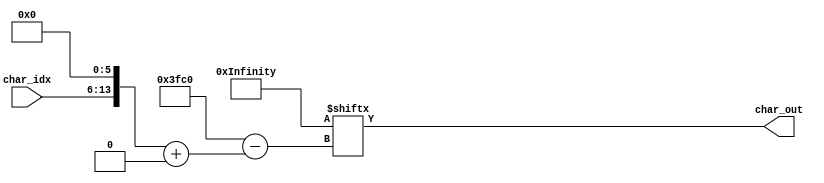
/******************************************************************************
Two-color FUNSCII font bitmap.

FUNSCII font (released under CC0 license):
	https://github.com/Wuerfel21/funscii/blob/master/LICENSE-font.txt

The original memory source (font.bin) found here:
	https://forums.parallax.com/discussion/167894/a-rom-font-compatible-8x8-font
******************************************************************************/

// FUNSCII Font ROM module
//
// Input:
//
//      [7:0] char_idx : A character index, ranging 0-255.
//
// Output:
//
//      [0:63] char_out : The 8x8 bitmap output of the character
//      at that index. First 8 bits [0:7] are the first row of the 8x8 character,
//      next 8 bits [8:15] are the next row, etc.
//
module funscii_font(
    input [7:0] char_idx, // up to 256 accessible characters
    output wire [0:63] char_out // 64 pixels out (8x8 bitmap)
);

    reg [0:16383] font_mem = {
        8'hFF, 8'h80, 8'hB0, 8'hA0, 8'hA0, 8'hB0, 8'h80, 8'h80, 8'hFF, 8'h80, 8'h80, 8'h80,
        8'h80, 8'h80, 8'h80, 8'hFF, 8'h00, 8'h10, 8'h30, 8'h7F, 8'h7F, 8'h30, 8'h10, 8'h00,
        8'h00, 8'h08, 8'h0C, 8'hFE, 8'hFE, 8'h0C, 8'h08, 8'h00, 8'h18, 8'h3C, 8'h7E, 8'h18,
        8'h18, 8'h18, 8'h18, 8'h18, 8'h18, 8'h18, 8'h18, 8'h18, 8'h18, 8'h7E, 8'h3C, 8'h18,
        8'h03, 8'h0F, 8'h3F, 8'hFF, 8'h3F, 8'h0F, 8'h03, 8'h00, 8'hC0, 8'hF0, 8'hFC, 8'hFF,
        8'hFC, 8'hF0, 8'hC0, 8'h00, 8'hFF, 8'h00, 8'h06, 8'h02, 8'h02, 8'h06, 8'h00, 8'h00,
        8'hFF, 8'h01, 8'h01, 8'h01, 8'h01, 8'h01, 8'h01, 8'hFF, 8'h80, 8'h80, 8'h80, 8'h80,
        8'h00, 8'h00, 8'h00, 8'h00, 8'h80, 8'h80, 8'h80, 8'h80, 8'h01, 8'h01, 8'h01, 8'h01,
        8'hFF, 8'h00, 8'h00, 8'hFF, 8'hFF, 8'h00, 8'h00, 8'h00, 8'hFF, 8'h00, 8'h00, 8'h00,
        8'h00, 8'h00, 8'h00, 8'hFF, 8'h3C, 8'h7E, 8'h7E, 8'h7E, 8'h7E, 8'h7E, 8'h3C, 8'h00,
        8'h00, 8'h00, 8'h18, 8'h3C, 8'h3C, 8'h18, 8'h00, 8'h00, 8'h10, 8'h38, 8'h6C, 8'hC6,
        8'hC6, 8'hC6, 8'hFE, 8'h00, 8'h00, 8'h00, 8'hFE, 8'h6C, 8'h6C, 8'h6C, 8'h6C, 8'h00,
        8'hFE, 8'h60, 8'h30, 8'h18, 8'h30, 8'h60, 8'hFE, 8'h00, 8'h7C, 8'hC6, 8'hC6, 8'hC6,
        8'hC6, 8'h6C, 8'hEE, 8'h00, 8'h00, 8'h76, 8'hDC, 8'h00, 8'h76, 8'hDC, 8'h00, 8'h00,
        8'h01, 8'h03, 8'h06, 8'h8C, 8'hD8, 8'h70, 8'h20, 8'h00, 8'h06, 8'h0E, 8'h76, 8'h06,
        8'h06, 8'h00, 8'h00, 8'h00, 8'h02, 8'h04, 8'h08, 8'h10, 8'h30, 8'h50, 8'h90, 8'h10,
        8'h10, 8'h10, 8'h10, 8'hFE, 8'h82, 8'h44, 8'h28, 8'h10, 8'h09, 8'h09, 8'h09, 8'hF9,
        8'h09, 8'h09, 8'h09, 8'h00, 8'h09, 8'h09, 8'h69, 8'h99, 8'h69, 8'h09, 8'h09, 8'h00,
        8'h10, 8'hF0, 8'h00, 8'h00, 8'h00, 8'hF0, 8'h10, 8'h10, 8'h01, 8'h01, 8'h01, 8'hFF,
        8'h01, 8'h01, 8'h01, 8'h00, 8'h01, 8'h31, 8'h19, 8'h01, 8'h31, 8'h19, 8'h01, 8'h00,
        8'h10, 8'h20, 8'h40, 8'h80, 8'h90, 8'h50, 8'h30, 8'hF0, 8'h90, 8'hA0, 8'hC0, 8'hF0,
        8'h80, 8'h40, 8'h20, 8'h10, 8'h00, 8'h00, 8'h00, 8'h00, 8'h00, 8'h00, 8'h00, 8'h00,
        8'h18, 8'h18, 8'h18, 8'h18, 8'h18, 8'h00, 8'h18, 8'h00, 8'h66, 8'h66, 8'h66, 8'h00,
        8'h00, 8'h00, 8'h00, 8'h00, 8'h6C, 8'h6C, 8'hFE, 8'h6C, 8'hFE, 8'h6C, 8'h6C, 8'h00,
        8'h18, 8'h3E, 8'h60, 8'h3C, 8'h06, 8'h7C, 8'h18, 8'h00, 8'h00, 8'hC6, 8'hCC, 8'h18,
        8'h30, 8'h66, 8'hC6, 8'h00, 8'h38, 8'h6C, 8'h38, 8'h76, 8'hDC, 8'hCC, 8'h76, 8'h00,
        8'h18, 8'h18, 8'h30, 8'h00, 8'h00, 8'h00, 8'h00, 8'h00, 8'h0C, 8'h18, 8'h30, 8'h30,
        8'h30, 8'h18, 8'h0C, 8'h00, 8'h30, 8'h18, 8'h0C, 8'h0C, 8'h0C, 8'h18, 8'h30, 8'h00,
        8'h00, 8'h66, 8'h3C, 8'hFF, 8'h3C, 8'h66, 8'h00, 8'h00, 8'h00, 8'h18, 8'h18, 8'h7E,
        8'h18, 8'h18, 8'h00, 8'h00, 8'h00, 8'h00, 8'h00, 8'h00, 8'h00, 8'h18, 8'h18, 8'h30,
        8'h00, 8'h00, 8'h00, 8'h7E, 8'h00, 8'h00, 8'h00, 8'h00, 8'h00, 8'h00, 8'h00, 8'h00,
        8'h00, 8'h18, 8'h18, 8'h00, 8'h03, 8'h06, 8'h0C, 8'h18, 8'h30, 8'h60, 8'hC0, 8'h00,
        8'h3C, 8'h66, 8'h6E, 8'h76, 8'h66, 8'h66, 8'h3C, 8'h00, 8'h18, 8'h38, 8'h18, 8'h18,
        8'h18, 8'h18, 8'h7E, 8'h00, 8'h3C, 8'h66, 8'h0C, 8'h18, 8'h30, 8'h60, 8'h7E, 8'h00,
        8'h3C, 8'h66, 8'h06, 8'h1C, 8'h06, 8'h66, 8'h3C, 8'h00, 8'h1C, 8'h3C, 8'h6C, 8'hCC,
        8'hFE, 8'h0C, 8'h0C, 8'h00, 8'h7E, 8'h60, 8'h7C, 8'h06, 8'h06, 8'h66, 8'h3C, 8'h00,
        8'h1C, 8'h30, 8'h60, 8'h7C, 8'h66, 8'h66, 8'h3C, 8'h00, 8'h7E, 8'h06, 8'h06, 8'h0C,
        8'h18, 8'h18, 8'h18, 8'h00, 8'h3C, 8'h66, 8'h66, 8'h3C, 8'h66, 8'h66, 8'h3C, 8'h00,
        8'h3C, 8'h66, 8'h66, 8'h3E, 8'h06, 8'h0C, 8'h38, 8'h00, 8'h00, 8'h18, 8'h18, 8'h00,
        8'h00, 8'h18, 8'h18, 8'h00, 8'h00, 8'h18, 8'h18, 8'h00, 8'h00, 8'h18, 8'h18, 8'h30,
        8'h0C, 8'h18, 8'h30, 8'h60, 8'h30, 8'h18, 8'h0C, 8'h00, 8'h00, 8'h00, 8'h7E, 8'h00,
        8'h7E, 8'h00, 8'h00, 8'h00, 8'h60, 8'h30, 8'h18, 8'h0C, 8'h18, 8'h30, 8'h60, 8'h00,
        8'h3C, 8'h66, 8'h06, 8'h0C, 8'h18, 8'h00, 8'h18, 8'h00, 8'h7C, 8'hC6, 8'hDE, 8'hDE,
        8'hDE, 8'hC0, 8'h7C, 8'h00, 8'h18, 8'h3C, 8'h66, 8'h66, 8'h7E, 8'h66, 8'h66, 8'h00,
        8'h7C, 8'h66, 8'h66, 8'h7C, 8'h66, 8'h66, 8'h7C, 8'h00, 8'h3C, 8'h66, 8'h60, 8'h60,
        8'h60, 8'h66, 8'h3C, 8'h00, 8'h78, 8'h6C, 8'h66, 8'h66, 8'h66, 8'h6C, 8'h78, 8'h00,
        8'h7E, 8'h60, 8'h60, 8'h7C, 8'h60, 8'h60, 8'h7E, 8'h00, 8'h7E, 8'h60, 8'h60, 8'h7C,
        8'h60, 8'h60, 8'h60, 8'h00, 8'h3C, 8'h66, 8'h60, 8'h6E, 8'h66, 8'h66, 8'h3E, 8'h00,
        8'h66, 8'h66, 8'h66, 8'h7E, 8'h66, 8'h66, 8'h66, 8'h00, 8'h7E, 8'h18, 8'h18, 8'h18,
        8'h18, 8'h18, 8'h7E, 8'h00, 8'h06, 8'h06, 8'h06, 8'h06, 8'h06, 8'h66, 8'h3C, 8'h00,
        8'hC6, 8'hCC, 8'hD8, 8'hF0, 8'hD8, 8'hCC, 8'hC6, 8'h00, 8'h60, 8'h60, 8'h60, 8'h60,
        8'h60, 8'h60, 8'h7E, 8'h00, 8'hC6, 8'hEE, 8'hFE, 8'hD6, 8'hC6, 8'hC6, 8'hC6, 8'h00,
        8'hC6, 8'hE6, 8'hF6, 8'hDE, 8'hCE, 8'hC6, 8'hC6, 8'h00, 8'h3C, 8'h66, 8'h66, 8'h66,
        8'h66, 8'h66, 8'h3C, 8'h00, 8'h7C, 8'h66, 8'h66, 8'h7C, 8'h60, 8'h60, 8'h60, 8'h00,
        8'h3C, 8'h66, 8'h66, 8'h66, 8'h66, 8'h6C, 8'h36, 8'h00, 8'h7C, 8'h66, 8'h66, 8'h7C,
        8'h6C, 8'h66, 8'h66, 8'h00, 8'h3C, 8'h66, 8'h60, 8'h3C, 8'h06, 8'h66, 8'h3C, 8'h00,
        8'h7E, 8'h18, 8'h18, 8'h18, 8'h18, 8'h18, 8'h18, 8'h00, 8'h66, 8'h66, 8'h66, 8'h66,
        8'h66, 8'h66, 8'h3C, 8'h00, 8'h66, 8'h66, 8'h66, 8'h66, 8'h66, 8'h3C, 8'h18, 8'h00,
        8'hC6, 8'hC6, 8'hC6, 8'hD6, 8'hFE, 8'hEE, 8'hC6, 8'h00, 8'hC3, 8'h66, 8'h3C, 8'h18,
        8'h3C, 8'h66, 8'hC3, 8'h00, 8'hC3, 8'h66, 8'h3C, 8'h18, 8'h18, 8'h18, 8'h18, 8'h00,
        8'h7E, 8'h06, 8'h0C, 8'h18, 8'h30, 8'h60, 8'h7E, 8'h00, 8'h3C, 8'h30, 8'h30, 8'h30,
        8'h30, 8'h30, 8'h3C, 8'h00, 8'hC0, 8'h60, 8'h30, 8'h18, 8'h0C, 8'h06, 8'h03, 8'h00,
        8'h3C, 8'h0C, 8'h0C, 8'h0C, 8'h0C, 8'h0C, 8'h3C, 8'h00, 8'h10, 8'h38, 8'h6C, 8'hC6,
        8'h00, 8'h00, 8'h00, 8'h00, 8'h00, 8'h00, 8'h00, 8'h00, 8'h00, 8'h00, 8'h00, 8'hFF,
        8'h18, 8'h0C, 8'h06, 8'h00, 8'h00, 8'h00, 8'h00, 8'h00, 8'h00, 8'h00, 8'h3C, 8'h06,
        8'h3E, 8'h66, 8'h3E, 8'h00, 8'h60, 8'h60, 8'h7C, 8'h66, 8'h66, 8'h66, 8'h7C, 8'h00,
        8'h00, 8'h00, 8'h3C, 8'h60, 8'h60, 8'h60, 8'h3C, 8'h00, 8'h06, 8'h06, 8'h3E, 8'h66,
        8'h66, 8'h66, 8'h3E, 8'h00, 8'h00, 8'h00, 8'h3C, 8'h66, 8'h7E, 8'h60, 8'h3C, 8'h00,
        8'h1C, 8'h30, 8'h7C, 8'h30, 8'h30, 8'h30, 8'h30, 8'h00, 8'h00, 8'h00, 8'h3E, 8'h66,
        8'h66, 8'h3E, 8'h06, 8'h7C, 8'h60, 8'h60, 8'h7C, 8'h66, 8'h66, 8'h66, 8'h66, 8'h00,
        8'h18, 8'h00, 8'h38, 8'h18, 8'h18, 8'h18, 8'h1E, 8'h00, 8'h0C, 8'h00, 8'h0C, 8'h0C,
        8'h0C, 8'h0C, 8'h0C, 8'h78, 8'h60, 8'h60, 8'h66, 8'h6C, 8'h78, 8'h6C, 8'h66, 8'h00,
        8'h38, 8'h18, 8'h18, 8'h18, 8'h18, 8'h18, 8'h1E, 8'h00, 8'h00, 8'h00, 8'hCC, 8'hFE,
        8'hD6, 8'hD6, 8'hC6, 8'h00, 8'h00, 8'h00, 8'h7C, 8'h66, 8'h66, 8'h66, 8'h66, 8'h00,
        8'h00, 8'h00, 8'h3C, 8'h66, 8'h66, 8'h66, 8'h3C, 8'h00, 8'h00, 8'h00, 8'h7C, 8'h66,
        8'h66, 8'h7C, 8'h60, 8'h60, 8'h00, 8'h00, 8'h3E, 8'h66, 8'h66, 8'h3E, 8'h06, 8'h06,
        8'h00, 8'h00, 8'h7C, 8'h66, 8'h60, 8'h60, 8'h60, 8'h00, 8'h00, 8'h00, 8'h3E, 8'h60,
        8'h3C, 8'h06, 8'h7C, 8'h00, 8'h30, 8'h30, 8'h7E, 8'h30, 8'h30, 8'h30, 8'h1E, 8'h00,
        8'h00, 8'h00, 8'h66, 8'h66, 8'h66, 8'h66, 8'h3E, 8'h00, 8'h00, 8'h00, 8'h66, 8'h66,
        8'h66, 8'h3C, 8'h18, 8'h00, 8'h00, 8'h00, 8'hC6, 8'hC6, 8'hD6, 8'h7C, 8'h6C, 8'h00,
        8'h00, 8'h00, 8'hC6, 8'h6C, 8'h38, 8'h6C, 8'hC6, 8'h00, 8'h00, 8'h00, 8'h66, 8'h66,
        8'h66, 8'h3E, 8'h06, 8'h3C, 8'h00, 8'h00, 8'h7E, 8'h0C, 8'h18, 8'h30, 8'h7E, 8'h00,
        8'h0E, 8'h18, 8'h18, 8'h70, 8'h18, 8'h18, 8'h0E, 8'h00, 8'h18, 8'h18, 8'h18, 8'h18,
        8'h18, 8'h18, 8'h18, 8'h00, 8'h70, 8'h18, 8'h18, 8'h0E, 8'h18, 8'h18, 8'h70, 8'h00,
        8'h76, 8'hDC, 8'h00, 8'h00, 8'h00, 8'h00, 8'h00, 8'h00, 8'h81, 8'h95, 8'hA9, 8'h95,
        8'hA9, 8'h95, 8'hA9, 8'h81, 8'hC3, 8'h24, 8'h24, 8'h18, 8'h24, 8'h24, 8'hC3, 8'h00,
        8'h00, 8'h00, 8'h00, 8'h00, 8'h00, 8'h00, 8'hFF, 8'h00, 8'h07, 8'h08, 8'h08, 8'h10,
        8'h20, 8'h20, 8'hC0, 8'h00, 8'h07, 8'h08, 8'h08, 8'h10, 8'h20, 8'h20, 8'hFF, 8'h00,
        8'h00, 8'h00, 8'h00, 8'h07, 8'h08, 8'h10, 8'hE0, 8'h00, 8'hC0, 8'h20, 8'h20, 8'h10,
        8'h08, 8'h08, 8'h07, 8'h00, 8'hFF, 8'h00, 8'h00, 8'h00, 8'h00, 8'h00, 8'h00, 8'h00,
        8'hFF, 8'h20, 8'h20, 8'h10, 8'h08, 8'h08, 8'h07, 8'h00, 8'hE0, 8'h10, 8'h08, 8'h07,
        8'h00, 8'h00, 8'h00, 8'h00, 8'hC0, 8'h20, 8'h20, 8'h10, 8'h08, 8'h08, 8'hFF, 8'h00,
        8'hFF, 8'h08, 8'h08, 8'h10, 8'h20, 8'h20, 8'hC0, 8'h00, 8'hFF, 8'h00, 8'h00, 8'h00,
        8'h00, 8'h00, 8'hFF, 8'h00, 8'hE0, 8'h10, 8'h08, 8'h07, 8'h08, 8'h10, 8'hE0, 8'h00,
        8'h00, 8'h00, 8'h00, 8'hE0, 8'h10, 8'h08, 8'h07, 8'h00, 8'h07, 8'h08, 8'h10, 8'hE0,
        8'h00, 8'h00, 8'h00, 8'h00, 8'h07, 8'h08, 8'h10, 8'hE0, 8'h10, 8'h08, 8'h07, 8'h00,
        8'h00, 8'h00, 8'h00, 8'hFF, 8'h00, 8'h00, 8'h00, 8'h00, 8'h10, 8'h10, 8'h10, 8'h10,
        8'h10, 8'h10, 8'h10, 8'h10, 8'h10, 8'h10, 8'h10, 8'hFF, 8'h10, 8'h10, 8'h10, 8'h10,
        8'h10, 8'h10, 8'h38, 8'hFF, 8'h38, 8'h10, 8'h10, 8'h10, 8'h10, 8'h10, 8'h10, 8'hF0,
        8'h10, 8'h10, 8'h10, 8'h10, 8'h10, 8'h10, 8'h10, 8'h1F, 8'h10, 8'h10, 8'h10, 8'h10,
        8'h10, 8'h10, 8'h10, 8'hFF, 8'h00, 8'h00, 8'h00, 8'h00, 8'h00, 8'h00, 8'h00, 8'hFF,
        8'h10, 8'h10, 8'h10, 8'h10, 8'h10, 8'h10, 8'h38, 8'hF8, 8'h38, 8'h10, 8'h10, 8'h10,
        8'h10, 8'h10, 8'h38, 8'h3F, 8'h38, 8'h10, 8'h10, 8'h10, 8'h10, 8'h10, 8'h38, 8'hFF,
        8'h38, 8'h00, 8'h00, 8'h00, 8'h00, 8'h00, 8'h38, 8'hFF, 8'h38, 8'h10, 8'h10, 8'h10,
        8'h10, 8'h10, 8'h10, 8'hF0, 8'h00, 8'h00, 8'h00, 8'h00, 8'h10, 8'h10, 8'h10, 8'h1F,
        8'h00, 8'h00, 8'h00, 8'h00, 8'h00, 8'h00, 8'h00, 8'hF0, 8'h10, 8'h10, 8'h10, 8'h10,
        8'h00, 8'h00, 8'h00, 8'h1F, 8'h10, 8'h10, 8'h10, 8'h10, 8'h10, 8'h38, 8'h54, 8'h92,
        8'h10, 8'h10, 8'h10, 8'h10, 8'h18, 8'h00, 8'h18, 8'h18, 8'h18, 8'h18, 8'h18, 8'h00,
        8'h10, 8'h10, 8'h10, 8'h10, 8'h92, 8'h54, 8'h38, 8'h10, 8'h38, 8'h6C, 8'h60, 8'hF0,
        8'h60, 8'h66, 8'hFC, 8'h00, 8'h3E, 8'h60, 8'hFC, 8'h60, 8'hF8, 8'h60, 8'h3E, 8'h00,
        8'hC3, 8'h66, 8'h3C, 8'h18, 8'h3C, 8'h18, 8'h18, 8'h00, 8'h18, 8'h16, 8'h11, 8'hF0,
        8'h11, 8'h16, 8'h18, 8'h00, 8'h20, 8'h20, 8'hA0, 8'h7F, 8'hA0, 8'h20, 8'h20, 8'h00,
        8'h25, 8'h2A, 8'hA0, 8'h7F, 8'hA0, 8'h20, 8'h20, 8'h00, 8'h00, 8'h00, 8'hC0, 8'h3F,
        8'hC0, 8'h00, 8'h00, 8'h00, 8'h00, 8'h00, 8'h03, 8'hFC, 8'h03, 8'h00, 8'h00, 8'h00,
        8'h42, 8'h42, 8'h42, 8'hC3, 8'h42, 8'h42, 8'h42, 8'h00, 8'h00, 8'h07, 8'h00, 8'h00,
        8'h00, 8'h07, 8'h00, 8'h00, 8'h10, 8'hFF, 8'h00, 8'h00, 8'h00, 8'hFF, 8'h10, 8'h10,
        8'h00, 8'hC0, 8'h00, 8'h00, 8'h00, 8'hC0, 8'h00, 8'h00, 8'h00, 8'h80, 8'h80, 8'hFF,
        8'h80, 8'h80, 8'h00, 8'h00, 8'h3C, 8'h66, 8'h3C, 8'h00, 8'h00, 8'h00, 8'h00, 8'h00,
        8'h18, 8'h18, 8'h7E, 8'h18, 8'h18, 8'h00, 8'h7E, 8'h00, 8'h70, 8'h18, 8'h30, 8'h60,
        8'h78, 8'h00, 8'h00, 8'h00, 8'h78, 8'h0C, 8'h18, 8'h0C, 8'h78, 8'h00, 8'h00, 8'h00,
        8'h00, 8'h01, 8'h01, 8'hFF, 8'h01, 8'h01, 8'h00, 8'h00, 8'h00, 8'h00, 8'h66, 8'h66,
        8'h66, 8'h7C, 8'h60, 8'hC0, 8'h1C, 8'h22, 8'h1C, 8'h22, 8'h1C, 8'h22, 8'h1C, 8'h20,
        8'h00, 8'h00, 8'hCE, 8'h31, 8'h4A, 8'h4A, 8'h31, 8'h00, 8'h00, 8'h00, 8'h73, 8'h8C,
        8'h52, 8'h52, 8'h8C, 8'h00, 8'h30, 8'h70, 8'h30, 8'h30, 8'h30, 8'h00, 8'h00, 8'h00,
        8'h00, 8'h20, 8'h40, 8'hFF, 8'h40, 8'h20, 8'h00, 8'h00, 8'h00, 8'h04, 8'h02, 8'hFF,
        8'h02, 8'h04, 8'h00, 8'h00, 8'h0C, 8'h10, 8'h60, 8'h10, 8'h0C, 8'h10, 8'h60, 8'h10,
        8'h00, 8'h10, 8'h28, 8'hC4, 8'h02, 8'h01, 8'h00, 8'h00, 8'h00, 8'h08, 8'h14, 8'h23,
        8'h40, 8'h80, 8'h00, 8'h00, 8'h18, 8'h00, 8'h18, 8'h30, 8'h60, 8'h66, 8'h3C, 8'h00,
        8'h70, 8'h00, 8'h3C, 8'h66, 8'h7E, 8'h66, 8'h66, 8'h00, 8'h0E, 8'h00, 8'h3C, 8'h66,
        8'h7E, 8'h66, 8'h66, 8'h00, 8'h18, 8'h66, 8'h00, 8'h3C, 8'h66, 8'h7E, 8'h66, 8'h00,
        8'h76, 8'hDC, 8'h00, 8'h3C, 8'h66, 8'h7E, 8'h66, 8'h00, 8'h66, 8'h00, 8'h3C, 8'h66,
        8'h7E, 8'h66, 8'h66, 8'h00, 8'h18, 8'h18, 8'h00, 8'h3C, 8'h66, 8'h7E, 8'h66, 8'h00,
        8'h3F, 8'h6C, 8'hCC, 8'hFE, 8'hCC, 8'hCC, 8'hCF, 8'h00, 8'h3C, 8'h66, 8'h60, 8'h60,
        8'h60, 8'h66, 8'h3C, 8'h18, 8'h70, 8'h00, 8'hFE, 8'hC0, 8'hF8, 8'hC0, 8'hFE, 8'h00,
        8'h0E, 8'h00, 8'hFE, 8'hC0, 8'hF8, 8'hC0, 8'hFE, 8'h00, 8'h18, 8'h66, 8'h00, 8'hFE,
        8'hF0, 8'hC0, 8'hFE, 8'h00, 8'h66, 8'h00, 8'hFE, 8'hC0, 8'hF8, 8'hC0, 8'hFE, 8'h00,
        8'h70, 8'h00, 8'h7E, 8'h18, 8'h18, 8'h18, 8'h7E, 8'h00, 8'h0E, 8'h00, 8'h7E, 8'h18,
        8'h18, 8'h18, 8'h7E, 8'h00, 8'h18, 8'h66, 8'h00, 8'h7E, 8'h18, 8'h18, 8'h7E, 8'h00,
        8'h66, 8'h00, 8'h7E, 8'h18, 8'h18, 8'h18, 8'h7E, 8'h00, 8'h78, 8'h6C, 8'h66, 8'hF6,
        8'h66, 8'h6C, 8'h78, 8'h00, 8'h76, 8'hDC, 8'h00, 8'hC6, 8'hF6, 8'hDE, 8'hC6, 8'h00,
        8'h70, 8'h00, 8'h7C, 8'hC6, 8'hC6, 8'hC6, 8'h7C, 8'h00, 8'h0E, 8'h00, 8'h7C, 8'hC6,
        8'hC6, 8'hC6, 8'h7C, 8'h00, 8'h18, 8'h66, 8'h00, 8'h7C, 8'hC6, 8'hC6, 8'h7C, 8'h00,
        8'h76, 8'hDC, 8'h00, 8'h7C, 8'hC6, 8'hC6, 8'h7C, 8'h00, 8'h66, 8'h00, 8'h7C, 8'hC6,
        8'hC6, 8'hC6, 8'h7C, 8'h00, 8'h00, 8'hC6, 8'h6C, 8'h38, 8'h6C, 8'hC6, 8'h00, 8'h00,
        8'h3E, 8'h66, 8'h6E, 8'h7E, 8'h76, 8'h66, 8'h7C, 8'h00, 8'h70, 8'h00, 8'hC6, 8'hC6,
        8'hC6, 8'hC6, 8'h7C, 8'h00, 8'h0E, 8'h00, 8'hC6, 8'hC6, 8'hC6, 8'hC6, 8'h7C, 8'h00,
        8'h18, 8'h66, 8'h00, 8'hC6, 8'hC6, 8'hC6, 8'h7C, 8'h00, 8'h66, 8'h00, 8'hC6, 8'hC6,
        8'hC6, 8'hC6, 8'h7C, 8'h00, 8'h0E, 8'h00, 8'h66, 8'h66, 8'h3C, 8'h18, 8'h18, 8'h00,
        8'hC0, 8'hC0, 8'hFC, 8'hC6, 8'hFC, 8'hC0, 8'hC0, 8'h00, 8'h3C, 8'h66, 8'h66, 8'h6C,
        8'h66, 8'h66, 8'h6C, 8'h00, 8'h70, 8'h00, 8'h3C, 8'h06, 8'h3E, 8'h66, 8'h3E, 8'h00,
        8'h0E, 8'h00, 8'h3C, 8'h06, 8'h3E, 8'h66, 8'h3E, 8'h00, 8'h18, 8'h66, 8'h00, 8'h3E,
        8'h66, 8'hC6, 8'h7E, 8'h00, 8'h76, 8'hDC, 8'h00, 8'h3E, 8'h66, 8'hC6, 8'h7E, 8'h00,
        8'h66, 8'h00, 8'h3C, 8'h06, 8'h3E, 8'h66, 8'h3E, 8'h00, 8'h18, 8'h18, 8'h00, 8'h3E,
        8'h66, 8'hC6, 8'h7E, 8'h00, 8'h00, 8'h00, 8'h7E, 8'h1B, 8'h7F, 8'hD8, 8'h77, 8'h00,
        8'h00, 8'h00, 8'h3C, 8'h60, 8'h60, 8'h60, 8'h3C, 8'h18, 8'h70, 8'h00, 8'h3C, 8'h66,
        8'h7E, 8'h60, 8'h3C, 8'h00, 8'h0E, 8'h00, 8'h3C, 8'h66, 8'h7E, 8'h60, 8'h3C, 8'h00,
        8'h18, 8'h66, 8'h00, 8'h3C, 8'h7E, 8'h60, 8'h3C, 8'h00, 8'h66, 8'h00, 8'h3C, 8'h66,
        8'h7E, 8'h60, 8'h3C, 8'h00, 8'h70, 8'h00, 8'h38, 8'h18, 8'h18, 8'h18, 8'h3C, 8'h00,
        8'h0E, 8'h00, 8'h38, 8'h18, 8'h18, 8'h18, 8'h3C, 8'h00, 8'h18, 8'h66, 8'h00, 8'h38,
        8'h18, 8'h18, 8'h3C, 8'h00, 8'h66, 8'h00, 8'h38, 8'h18, 8'h18, 8'h18, 8'h3C, 8'h00,
        8'h0C, 8'h3E, 8'h0C, 8'h7C, 8'hCC, 8'hCC, 8'h78, 8'h00, 8'h76, 8'hDC, 8'h00, 8'h7C,
        8'h66, 8'h66, 8'h66, 8'h00, 8'h70, 8'h00, 8'h3C, 8'h66, 8'h66, 8'h66, 8'h3C, 8'h00,
        8'h0E, 8'h00, 8'h3C, 8'h66, 8'h66, 8'h66, 8'h3C, 8'h00, 8'h18, 8'h66, 8'h00, 8'h3C,
        8'h66, 8'h66, 8'h3C, 8'h00, 8'h76, 8'hDC, 8'h00, 8'h3C, 8'h66, 8'h66, 8'h3C, 8'h00,
        8'h66, 8'h00, 8'h3C, 8'h66, 8'h66, 8'h66, 8'h3C, 8'h00, 8'h18, 8'h18, 8'h00, 8'h7E,
        8'h00, 8'h18, 8'h18, 8'h00, 8'h00, 8'h02, 8'h7C, 8'hCE, 8'hD6, 8'hE6, 8'h7C, 8'h80,
        8'h70, 8'h00, 8'h66, 8'h66, 8'h66, 8'h66, 8'h3E, 8'h00, 8'h0E, 8'h00, 8'h66, 8'h66,
        8'h66, 8'h66, 8'h3E, 8'h00, 8'h18, 8'h66, 8'h00, 8'h66, 8'h66, 8'h66, 8'h3E, 8'h00,
        8'h66, 8'h00, 8'h66, 8'h66, 8'h66, 8'h66, 8'h3E, 8'h00, 8'h0E, 8'h00, 8'h66, 8'h66,
        8'h66, 8'h3E, 8'h06, 8'h3C, 8'h60, 8'h60, 8'h7C, 8'h66, 8'h66, 8'h7C, 8'h60, 8'h60,
        8'h00, 8'h00, 8'h76, 8'hDB, 8'hDB, 8'h6E, 8'h00, 8'h00
    };

	assign char_out = font_mem[{char_idx, 6'd0}+:64];
    
endmodule

// This is the testbench I used for testing access.
/*
module tb4fontmem();

    reg [7:0] idx = 0;
    wire [0:63] memout;
    
    font_rom font_mem(
        .char_idx(idx), // up to 256 accessible characters
        .char_out(memout) // 64 pixels out (8x8 bitmap)
    );
    
    initial begin
        forever begin
            #1;
            idx <= idx + 1;
        end
    end
    
    initial begin
        #257;
        $finish;
    end

endmodule
*/